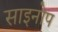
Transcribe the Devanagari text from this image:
साइनोप